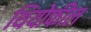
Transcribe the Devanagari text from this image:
थियोफील